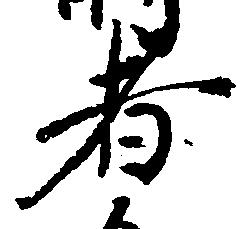
者